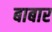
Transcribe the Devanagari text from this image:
बाबार